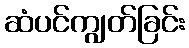
ဆံပင်ကျွတ်ခြင်း